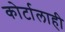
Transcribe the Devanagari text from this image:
कोर्टालाही